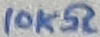
Text: 10KΩ